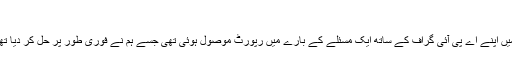
‘
ہمیں اپنے اے پی آئی گراف کے ساتھ ایک مسئلے کے بارے میں رپورٹ موصول ہوئی تھی جسے ہم نے فوری طور پر حل کر دیا تھا۔